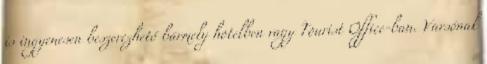
is ingyenesen beszerezhető bármely hotelben vagy Tourist Office-ban. Varsónak